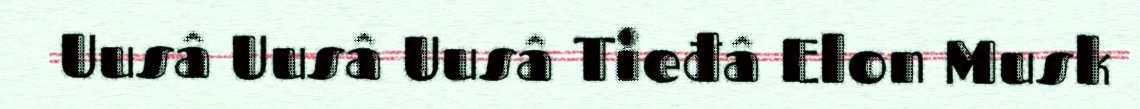
Uusâ Uusâ Uusâ Tieđâ Elon Musk